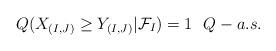
LaTeX: \begin{align*}Q(X_{(I,J)}\geq Y_{(I,J)}|\mathcal{F}_{I})=1\ \ Q-a.s.\end{align*}